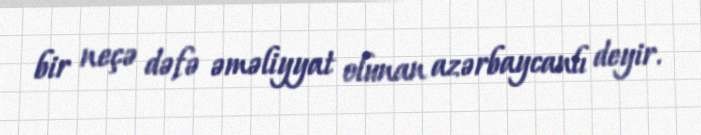
bir neçə dəfə əməliyyat olunan azərbaycanlı deyir.